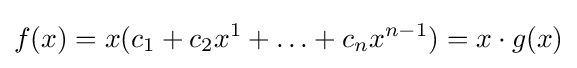
f(x)=x(c_{1}+c_{2}x^{1}+\dotsc +c_{n}x^{n-1})=x\cdot g(x)